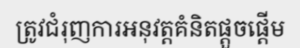
ត្រូវជំរុញការអនុវត្តគំនិតផ្តួចផ្តើម